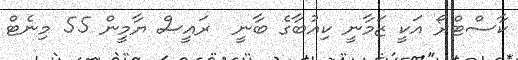
ކާސްޓްރޯ އަކީ ޒަމާނީ ކިއުބާގެ ބާނީ  ރައީސް ޔާމީން 55 މިނެޓް